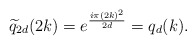
\begin{align*}\widetilde{q}_{2d}(2k)=e^{\frac{i\pi (2k)^2}{2d}}=q_d(k). \end{align*}